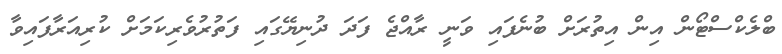
ބްލެކްސްޓޯން އިން އިތުރަށް ބުނެފައި ވަނީ ރާއްޖެ ފަދަ ދުނިޔޭގައި ފަތުރުވެރިކަމަށް ކުރިއަރާފައިވާ